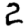
Digit: 2